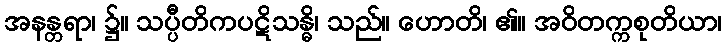
အနန္တရာ၊ ၌။ သပ္ပီတိကပဋိသန္ဓိ၊ သည်။ ဟောတိ၊ ၏။ အဝိတက္ကစုတိယာ၊